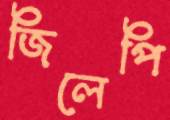
জিলেপি